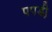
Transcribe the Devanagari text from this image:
पपडी़